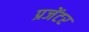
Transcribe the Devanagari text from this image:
प्रजेंटर